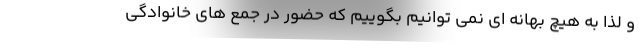
و لذا به هیچ بهانه ای نمی توانیم بگوییم که حضور در جمع های خانوادگی